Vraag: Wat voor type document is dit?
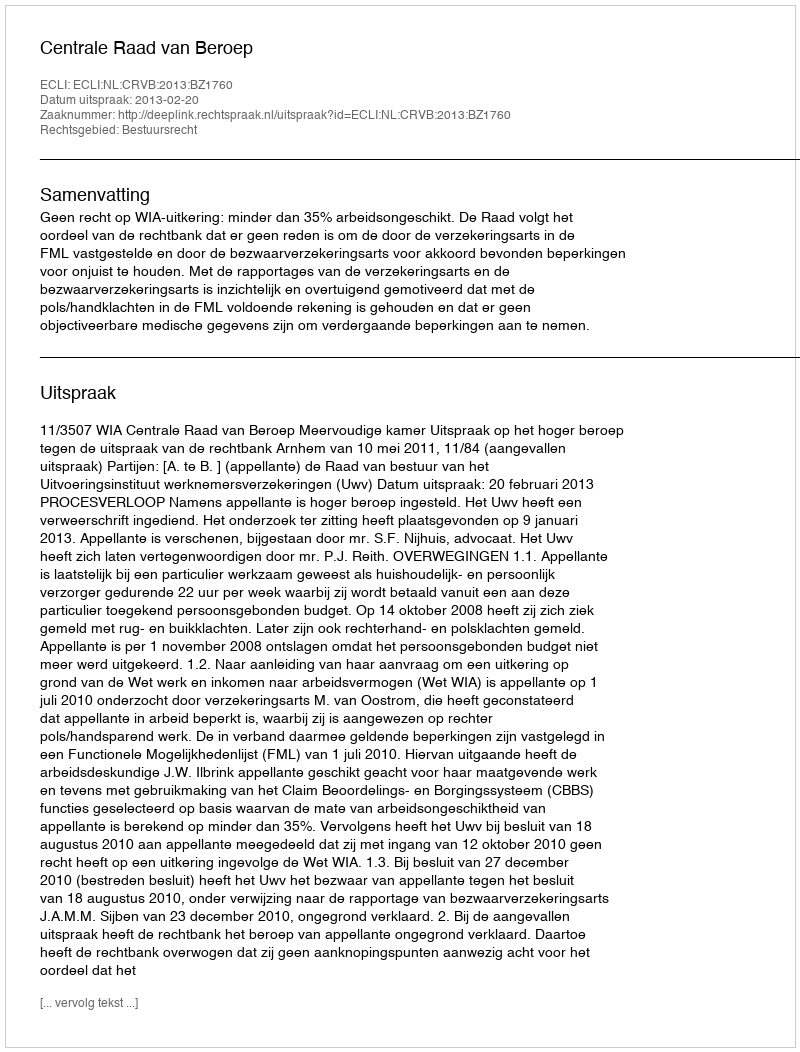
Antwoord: Uitspraak